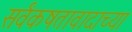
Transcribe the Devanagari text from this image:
सर्वंकषतावादाच्या